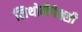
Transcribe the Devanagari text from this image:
लिथोलैपेक्सी